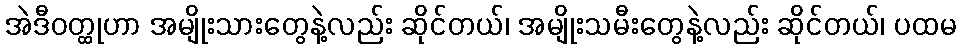
အဲဒီဝတ္ထုဟာ အမျိုးသားတွေနဲ့လည်း ဆိုင်တယ်၊ အမျိုးသမီးတွေနဲ့လည်း ဆိုင်တယ်၊ ပထမ